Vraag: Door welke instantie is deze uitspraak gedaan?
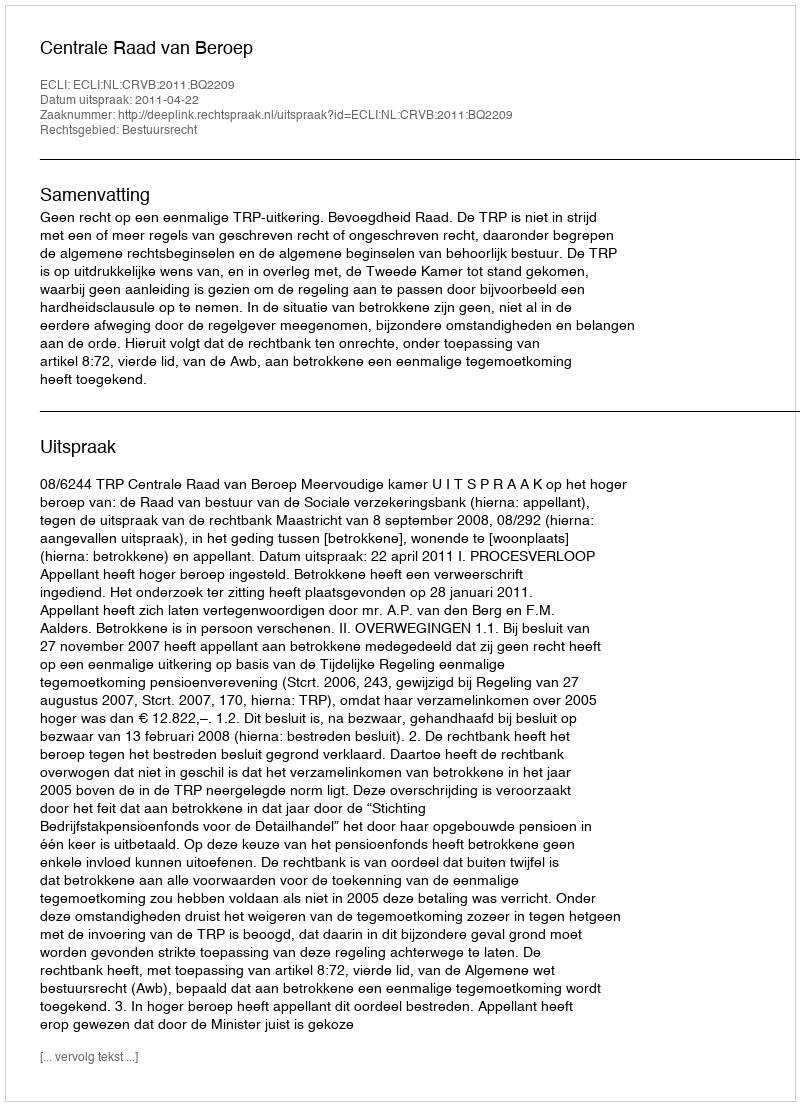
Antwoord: Centrale Raad van Beroep